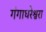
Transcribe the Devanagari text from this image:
गंगाधरेश्वरा